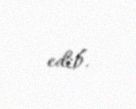
edib.